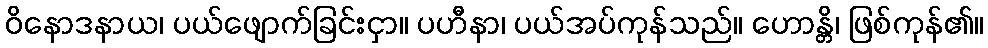
ဝိနောဒနာယ၊ ပယ်ဖျောက်ခြင်းငှာ။ ပဟီနာ၊ ပယ်အပ်ကုန်သည်။ ဟောန္တိ၊ ဖြစ်ကုန်၏။